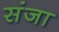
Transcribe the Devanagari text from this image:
संजा